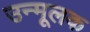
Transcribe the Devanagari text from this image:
उन्मूलक